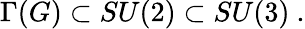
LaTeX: \Gamma(G)\subset SU(2)\subset SU(3)\ .